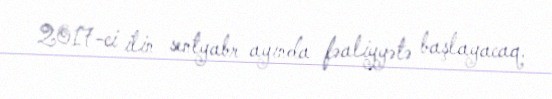
2017-ci ilin sentyabr ayında fəaliyyətə başlayacaq.